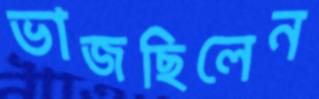
ভাজছিলেন